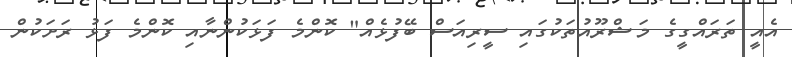
އެއީ ތަރައްގީގެ މަޝްރޫއުތަކުގައި ސީރިއަސް ބޭފުޅެއް" ކޮންމެ ފަޅަކުންނާއި ކޮންމެ ފަޅު ރަށަކުން